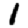
Digit: 1